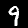
Label: 9